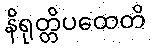
နိရုတ္တိပထေတိ